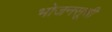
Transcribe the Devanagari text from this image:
भोजनसूची